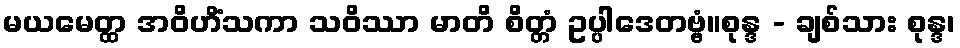
မယမေတ္ထ အဝိဟိံသကာ သဝိဿာ မာတိ စိတ္တံ ဥပ္ပါဒေတဗ္ဗံ။စုန္ဒ - ချစ်သား စုန္ဒ၊